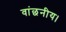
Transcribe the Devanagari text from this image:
वांछनीय।